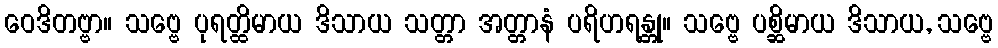
ဝေဒိတဗ္ဗာ။ သဗ္ဗေ ပုရတ္ထိမာယ ဒိသာယ သတ္တာ အတ္တာနံ ပရိဟရန္တု။ သဗ္ဗေ ပစ္ဆိမာယ ဒိသာယ, သဗ္ဗေ